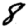
Digit: 8